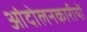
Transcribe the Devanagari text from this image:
आंदोलनकारीयों